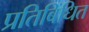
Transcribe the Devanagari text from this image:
प्रतिबिंधित